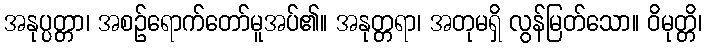
အနုပ္ပတ္တာ၊ အစဉ်ရောက်တော်မူအပ်၏။ အနုတ္တရာ၊ အတုမရှိ လွန်မြတ်သော။ ဝိမုတ္တိ၊